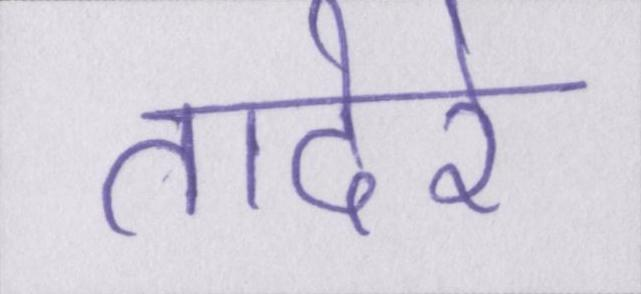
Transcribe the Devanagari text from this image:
तादेरे